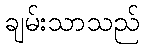
ချမ်းသာသည်